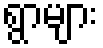
ရွာများ